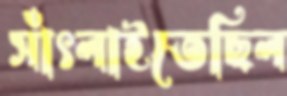
সাঁৎলাইতেছিল